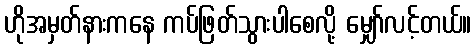
ဟိုအမှတ်နားကနေ ကပ်ဖြတ်သွားပါစေလို့ မျှော်လင့်တယ်။